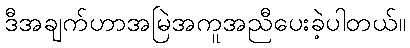
ဒီအချက်ဟာအမြဲအကူအညီပေးခဲ့ပါတယ်။